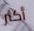
أكثر